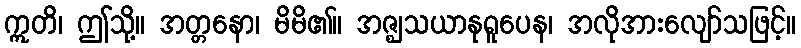
ဣတိ၊ ဤသို့။ အတ္တနော၊ မိမိ၏။ အဇ္ဈသယာနုရူပေန၊ အလိုအားလျော်သဖြင့်။